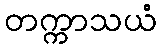
တက္ကာသယံ